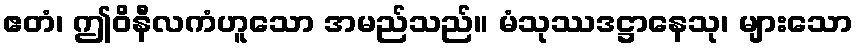
ဧတံ၊ ဤဝိနီလကံဟူသော အမည်သည်။ မံသုဿဒဋ္ဌာနေသု၊ များသော